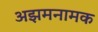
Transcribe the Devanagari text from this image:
अझमनामक